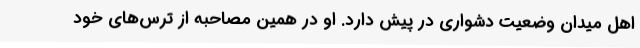
اهل میدان وضعیت دشواری در پیش دارد. او در همین مصاحبه از ترس‌های خود